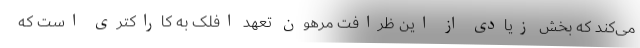
می‌کند که بخش زیادی از این ظرافت مرهون تعهد افلک به کاراکتری است که